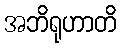
အဘိရုဟာတိ